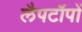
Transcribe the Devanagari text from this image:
लैपटॉपों